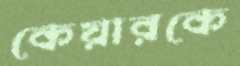
কেয়ারকে